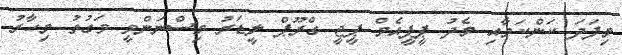
މިފަދަ ކަންކަމާއި މެދު ޕީޕީއެމް ޕީޖީ ގްރޫޕް ލީޑަރު ވިސްނަންވީ ވަގުތު މިހާރު